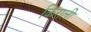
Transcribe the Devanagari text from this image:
किराली